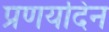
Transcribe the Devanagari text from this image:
प्रणयदिन